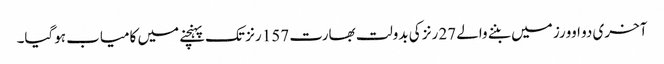
آخری دو اوورز میں بننے والے 27 رنز کی بدولت بھارت 157 رنز تک پہنچنے میں کامیاب ہوگیا۔